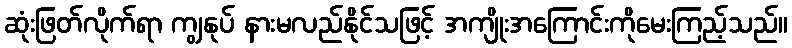
ဆုံးဖြတ်လိုက်ရာ ကျွနုပ် နားမလည်နိုင်သဖြင့် အကျိုးအကြောင်းကိုမေးကြည့်သည်။